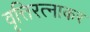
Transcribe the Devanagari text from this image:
वृत्तिरत्नाकर